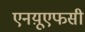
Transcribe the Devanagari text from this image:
एनय़ूएफसी